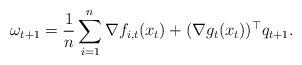
LaTeX: \begin{align*}\omega_{t+1}=\frac{1}{n}\sum_{i=1}^{n}\nabla f_{i,t}(x_{t})+(\nabla g_{t}(x_{t}))^\top q_{t+1}.\end{align*}